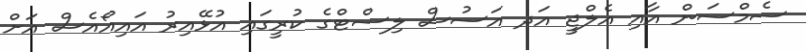
ސެމްސަން އާއި އެލްޖީ އަދ އަސުސް ލިސްޓްގެ ކުރީގައި އުޅޭއިރު އައިއޯއެސް އަށް